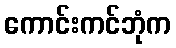
ကောင်းကင်ဘုံက